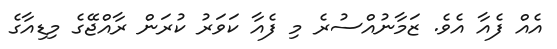
އެއް ފެއާ އެވެ. ޒަމާނުއްސުރެ މި ފެއާ ކަވަރު ކުރަން ރާއްޖޭގެ މިޑިއާގެ